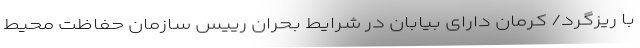
با ریزگرد/ کرمان دارای بیابان در شرایط بحران رییس سازمان حفاظت محیط